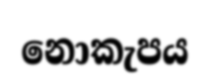
නොකැපය